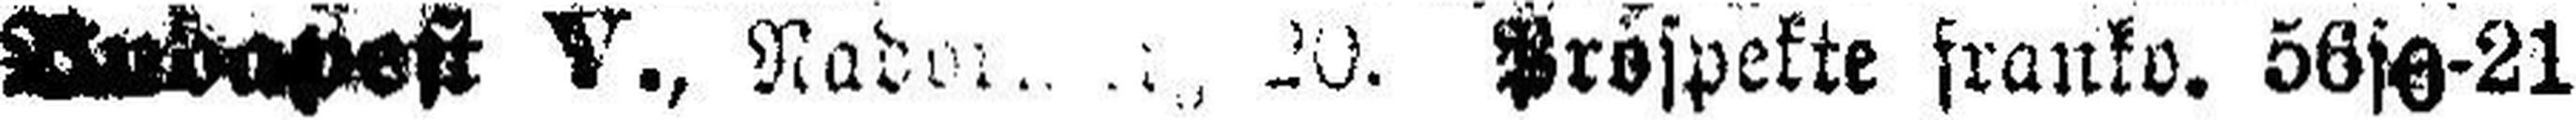
Budapest V., Nad### 20. Prospekte franko. 56s0-21